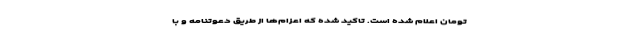
تومان اعلام شده است. تاکید شده که اعزام‌ها از طریق دعوتنامه و با